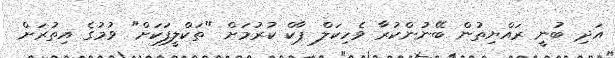
އަދި ބުނީ ރައްޔިތުން ބޭނުންކުރާ ވެހިކަލް ޕާކް ކުރުމަށް "ތަކްލީފަކަށް" ވުމުގެ އިތުރަށް